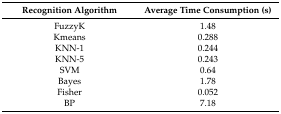
| Recognition Algorithm | Average Time Consumption (s) |
 | --- | --- |
 | FuzzyK | 1.48 |
 | Kmeans | 0.288 |
 | KNN-1 | 0.244 |
 | KNN-5 | 0.243 |
 | SVM | 0.64 |
 | Bayes | 1.78 |
 | Fisher | 0.052 |
 | BP | 7.18 |